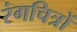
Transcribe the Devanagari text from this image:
रंगचित्रों